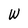
Character: W